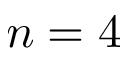
n = 4